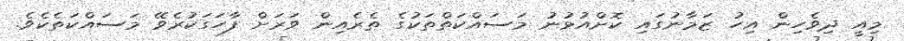
މިއީ ދިވެހިން އިހު ޒަމާނުގައި ކޮށްއުޅުނު މަސައްކަތްތަކުގެ ތެރެއިން ވަރަށް ފާހަގަކުރެވޭ މަސައްކަތެކެވެ.